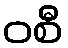
ဝစီ